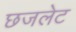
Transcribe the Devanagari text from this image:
छजलेट